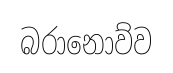
බරානොව්ව